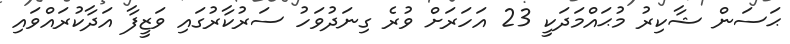
ޙަސަން ޝާކިރު މުޙައްމަދަކީ 23 އަހަރަށް ވުރެ ގިނަދުވަހު ސަރުކާރުގައި ވަޒީފާ އަދާކުރައްވައި